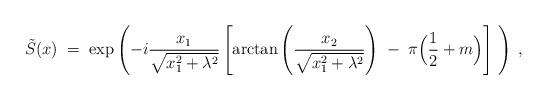
LaTeX: \begin{align*}\tilde{S}(x) \; = \; \exp \left( -i \frac{x_1}{\sqrt{x_1^2 + \lambda^2}}\left[ \mbox{arctan} \left( \frac{x_2}{\sqrt{x_1^2 + \lambda^2}} \right)\; - \; \pi \Big(\frac{1}{2} + m\Big) \right] \; \right) \; ,\end{align*}